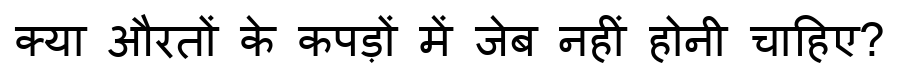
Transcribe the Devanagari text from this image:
क्या औरतों के कपड़ों में जेब नहीं होनी चाहिए?